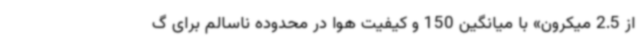
از 2.5 میکرون» با میانگین 150 و کیفیت هوا در محدوده ناسالم برای گ